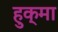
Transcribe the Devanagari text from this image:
हुक्मा